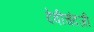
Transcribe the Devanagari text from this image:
देवीचंदजी